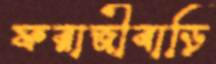
ফরাজীবাড়ি